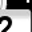
Digit: 2